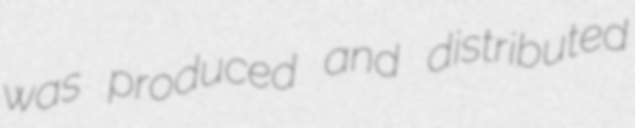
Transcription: was produced and distributed